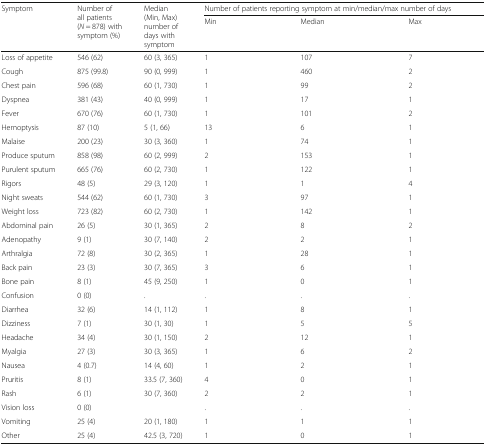
<table><thead><tr><td rowspan="2"><b>Symptom</b></td><td rowspan="2"><b>Number of all patients (<i>N</i> = 878) with symptom (%)</b></td><td rowspan="2"><b>Median (Min, Max) number of days with symptom</b></td><td colspan="3"><b>Number of patients reporting symptom at min/median/max number of days</b></td></tr><tr><td><b>Min</b></td><td><b>Median</b></td><td><b>Max</b></td></tr></thead><tbody><tr><td>Loss of appetite</td><td>546 (62)</td><td>60 (3, 365)</td><td>1</td><td>107</td><td>7</td></tr><tr><td>Cough</td><td>875 (99.8)</td><td>90 (0, 999)</td><td>1</td><td>460</td><td>2</td></tr><tr><td>Chest pain</td><td>596 (68)</td><td>60 (1, 730)</td><td>1</td><td>99</td><td>2</td></tr><tr><td>Dyspnea</td><td>381 (43)</td><td>40 (0, 999)</td><td>1</td><td>17</td><td>1</td></tr><tr><td>Fever</td><td>670 (76)</td><td>60 (1, 730)</td><td>1</td><td>101</td><td>2</td></tr><tr><td>Hemoptysis</td><td>87 (10)</td><td>5 (1, 66)</td><td>13</td><td>6</td><td>1</td></tr><tr><td>Malaise</td><td>200 (23)</td><td>30 (3, 360)</td><td>1</td><td>74</td><td>1</td></tr><tr><td>Produce sputum</td><td>858 (98)</td><td>60 (2, 999)</td><td>2</td><td>153</td><td>1</td></tr><tr><td>Purulent sputum</td><td>665 (76)</td><td>60 (2, 730)</td><td>1</td><td>122</td><td>1</td></tr><tr><td>Rigors</td><td>48 (5)</td><td>29 (3, 120)</td><td>1</td><td>1</td><td>4</td></tr><tr><td>Night sweats</td><td>544 (62)</td><td>60 (1, 730)</td><td>3</td><td>97</td><td>1</td></tr><tr><td>Weight loss</td><td>723 (82)</td><td>60 (2, 730)</td><td>1</td><td>142</td><td>1</td></tr><tr><td>Abdominal pain</td><td>26 (5)</td><td>30 (1, 365)</td><td>2</td><td>8</td><td>2</td></tr><tr><td>Adenopathy</td><td>9 (1)</td><td>30 (7, 140)</td><td>2</td><td>2</td><td>1</td></tr><tr><td>Arthralgia</td><td>72 (8)</td><td>30 (2, 365)</td><td>1</td><td>28</td><td>1</td></tr><tr><td>Back pain</td><td>23 (3)</td><td>30 (7, 365)</td><td>3</td><td>6</td><td>1</td></tr><tr><td>Bone pain</td><td>8 (1)</td><td>45 (9, 250)</td><td>1</td><td>0</td><td>1</td></tr><tr><td>Confusion</td><td>0 (0)</td><td>.</td><td>.</td><td>.</td><td>.</td></tr><tr><td>Diarrhea</td><td>32 (6)</td><td>14 (1, 112)</td><td>1</td><td>8</td><td>1</td></tr><tr><td>Dizziness</td><td>7 (1)</td><td>30 (1, 30)</td><td>1</td><td>5</td><td>5</td></tr><tr><td>Headache</td><td>34 (4)</td><td>30 (1, 150)</td><td>2</td><td>12</td><td>1</td></tr><tr><td>Myalgia</td><td>27 (3)</td><td>30 (3, 365)</td><td>1</td><td>6</td><td>2</td></tr><tr><td>Nausea</td><td>4 (0.7)</td><td>14 (4, 60)</td><td>1</td><td>2</td><td>1</td></tr><tr><td>Pruritis</td><td>8 (1)</td><td>33.5 (7, 360)</td><td>4</td><td>0</td><td>1</td></tr><tr><td>Rash</td><td>6 (1)</td><td>30 (7, 360)</td><td>2</td><td>2</td><td>1</td></tr><tr><td>Vision loss</td><td>0 (0)</td><td></td><td>.</td><td>.</td><td>.</td></tr><tr><td>Vomiting</td><td>25 (4)</td><td>20 (1, 180)</td><td>1</td><td>1</td><td>1</td></tr><tr><td>Other</td><td>25 (4)</td><td>42.5 (3, 720)</td><td>1</td><td>0</td><td>1</td></tr></tbody></table>